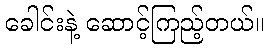
ခေါင်းနဲ့ ဆောင့်ကြည့်တယ်။